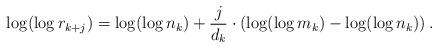
\begin{align*}\log (\log r_{k + j}) = \log (\log n_k) + \frac j{d_k} \cdot \left( \log (\log m_k) - \log (\log n_k) \right) .\end{align*}